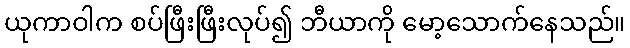
ယုကာဝါက စပ်ဖြီးဖြီးလုပ်၍ ဘီယာကို မော့သောက်နေသည်။